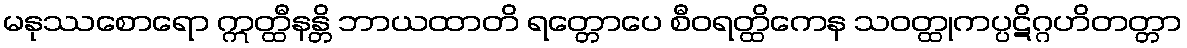
မနုဿစောရော ဣတ္ထီနန္တိ ဘာယထာတိ ရတ္တောပေ စီဝရတ္ထိကေန သဝတ္ထုကပ္ပဋိဂ္ဂဟိတတ္တာ